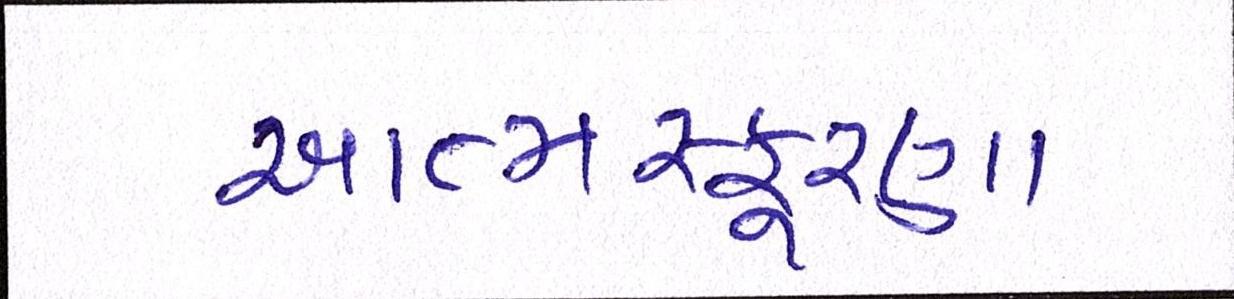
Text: આત્મસ્ફૂરણા